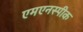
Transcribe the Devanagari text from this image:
एमएनस्पीक